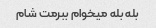
بله بله میخوام ببرمت شام